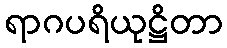
ရာဂပရိယုဋ္ဌိတာ